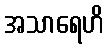
အသာရေဟိ